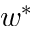
w ^ { * }